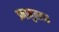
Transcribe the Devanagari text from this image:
इनामुलहक